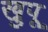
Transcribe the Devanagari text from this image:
खुपू